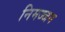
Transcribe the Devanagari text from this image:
निमज्‍जन